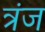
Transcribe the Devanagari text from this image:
त्रंज